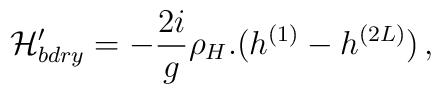
{\cal H}_{bdry}'=-\frac{2 i}{g}\rho_H.(h^{(1)}-h^{(2L)})\, ,